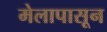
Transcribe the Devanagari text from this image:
मेलापासून